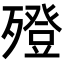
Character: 𣩟